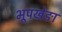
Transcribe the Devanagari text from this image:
भूपखेङा